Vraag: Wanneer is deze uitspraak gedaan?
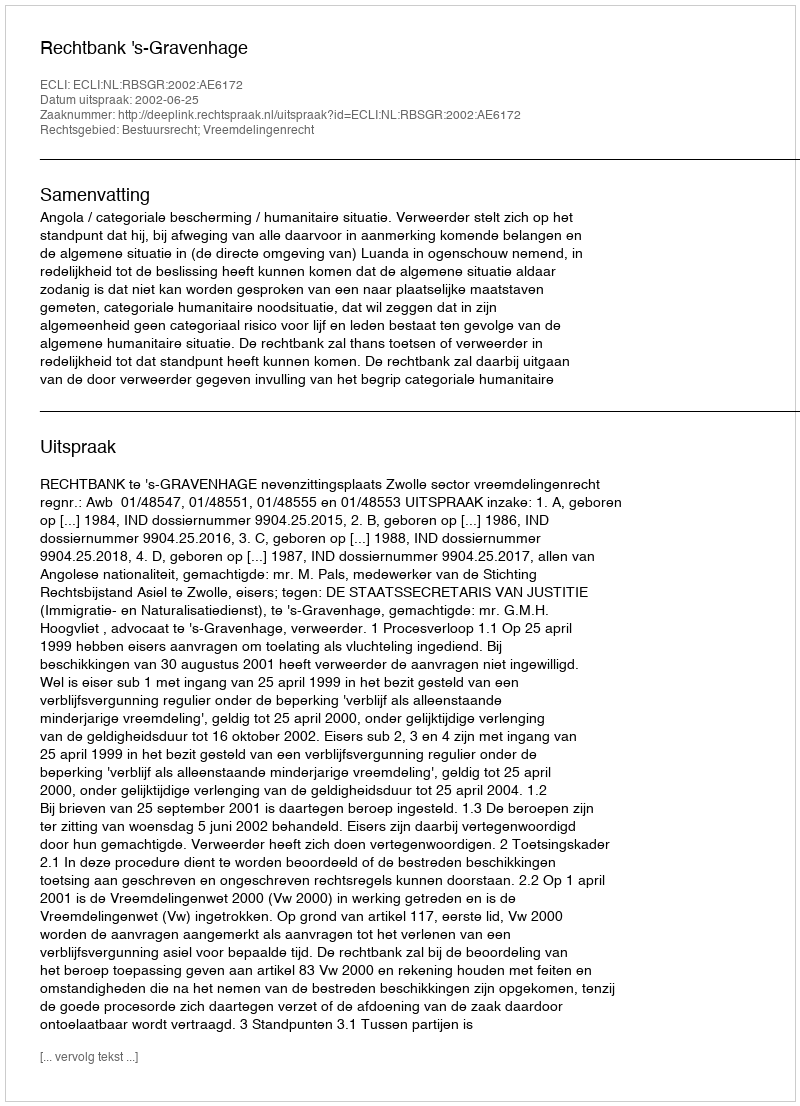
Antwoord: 2002-06-25